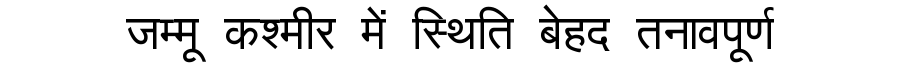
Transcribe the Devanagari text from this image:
जम्मू कश्मीर में स्थिति बेहद तनावपूर्ण